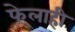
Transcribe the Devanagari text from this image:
फेलाही